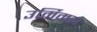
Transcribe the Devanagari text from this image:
उर्मिमय